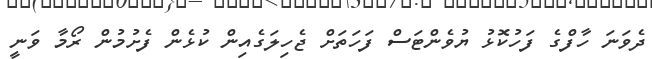
ދެވަނަ ހާފްގެ ފަހުކޮޅު ޔުވެންޓަސް ފަހަތަށް ޖެހިލަގެއިން ކުޅެން ފެށުމުން ރޯމާ ވަނީ